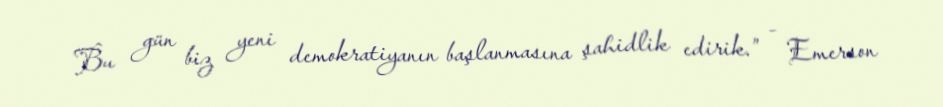
Bu gün biz yeni demokratiyanın başlanmasına şahidlik edirik.” - Emerson